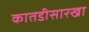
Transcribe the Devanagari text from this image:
कातडीसारखा